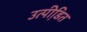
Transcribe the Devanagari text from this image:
उत्पीडि़त